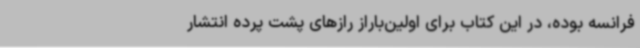
فرانسه‌ بوده، در این کتاب برای اولین‌باراز رازهای پشت پرده انتشار